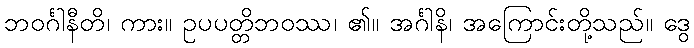
ဘဝင်္ဂါနီတိ၊ ကား။ ဥပပတ္တိဘဝဿ၊ ၏။ အင်္ဂါနိ၊ အကြောင်းတို့သည်။ ဒွေ